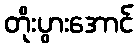
တိုးပွားအောင်